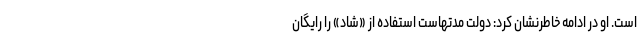
است. او در ادامه خاطرنشان کرد: دولت مدتهاست استفاده از «شاد» را رایگان